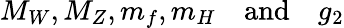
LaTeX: M_{W},M_{Z},m_{f},m_{H}\quad\mathrm{and}\quad g_{2}